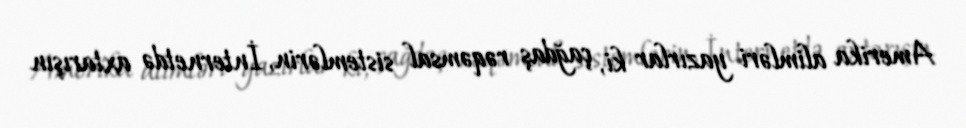
Amerika alimləri yazırlar ki, çağdaş rəqəmsal sistemlərin, İnternetdə axtarışın